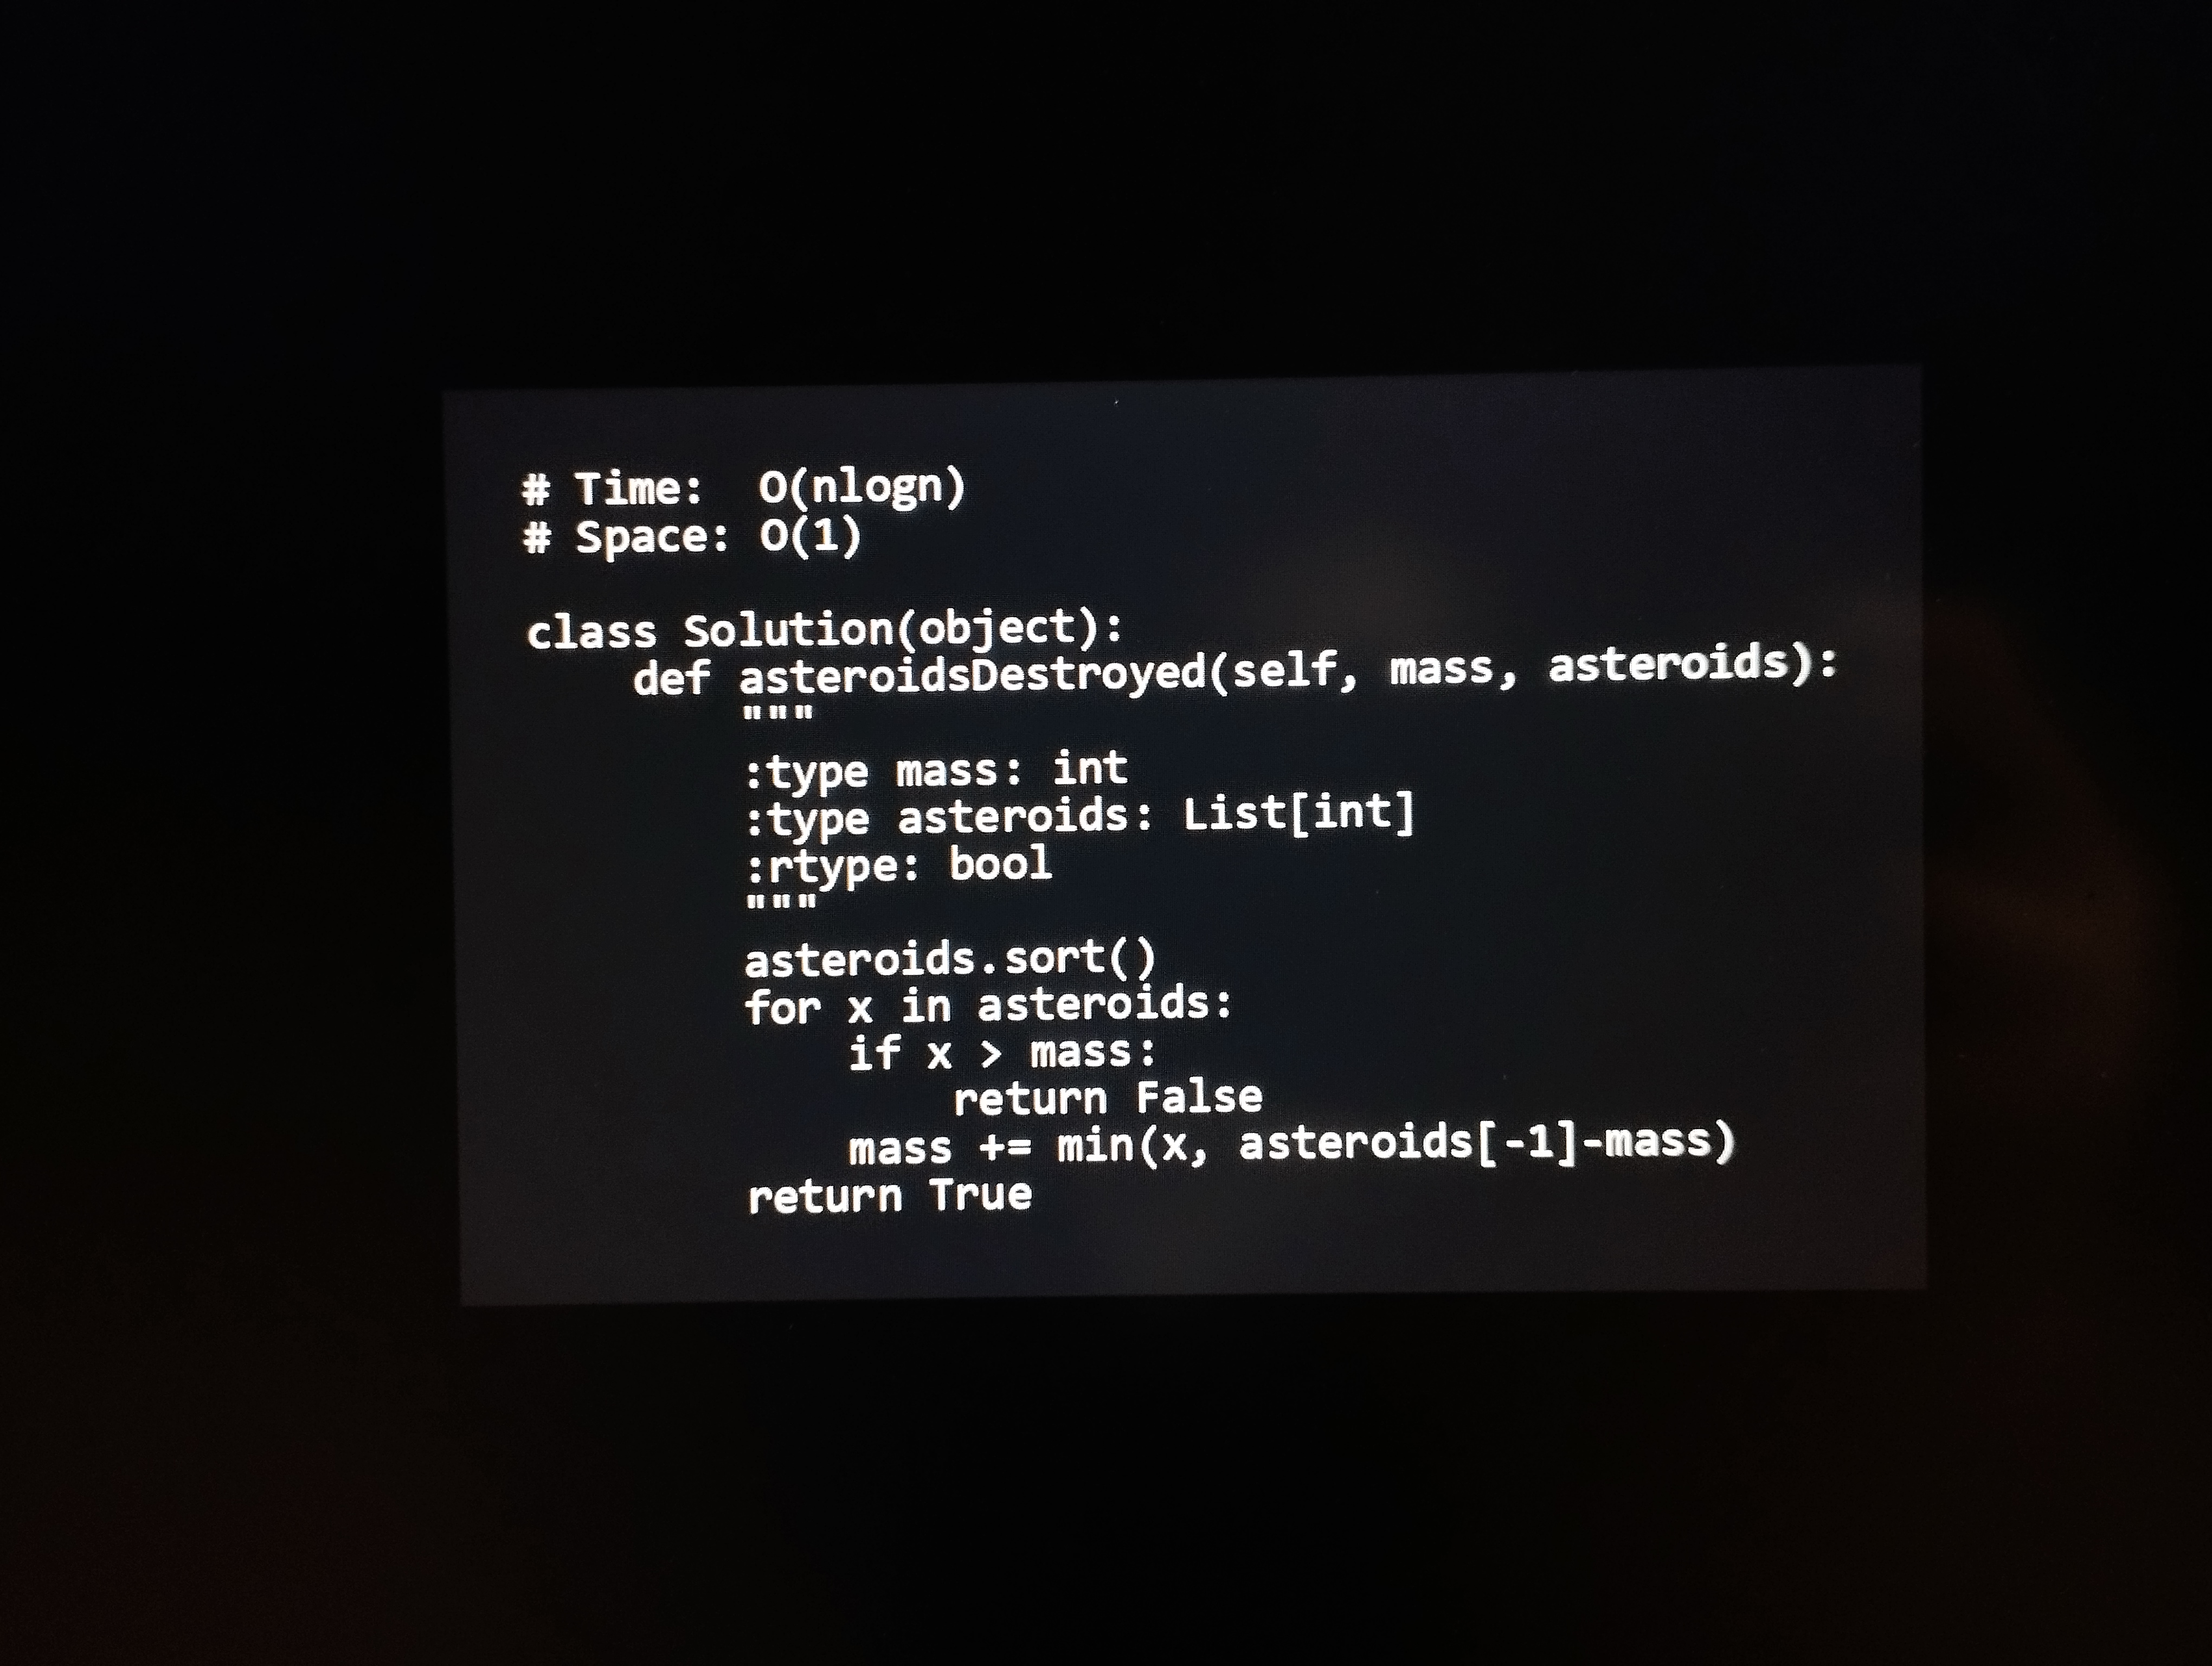
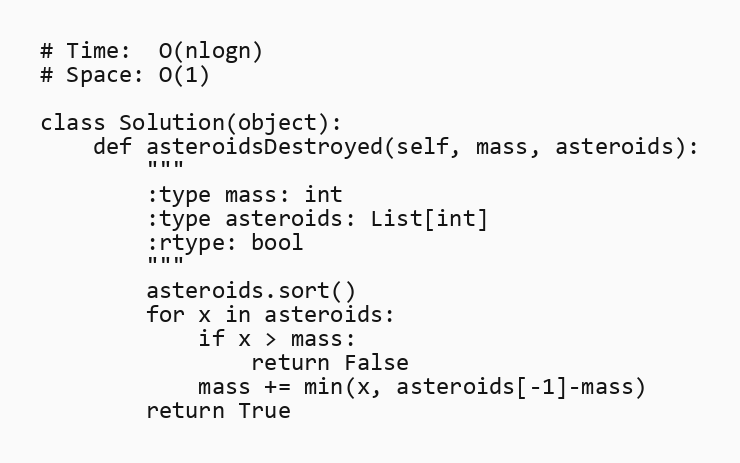
# Time:  O(nlogn)
# Space: O(1)

class Solution(object):
    def asteroidsDestroyed(self, mass, asteroids):
        """
        :type mass: int
        :type asteroids: List[int]
        :rtype: bool
        """
        asteroids.sort()
        for x in asteroids:
            if x > mass:
                return False
            mass += min(x, asteroids[-1]-mass)
        return True